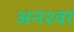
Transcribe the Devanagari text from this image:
अनश्‍वर